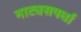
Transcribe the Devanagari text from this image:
नाट्यसपर्धा